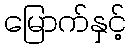
မြောက်နှင့်